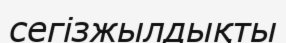
сегізжылдықты